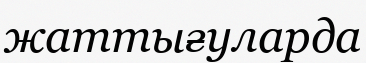
жаттығуларда